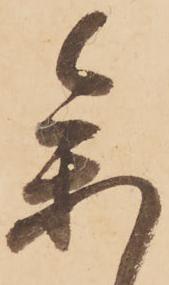
参